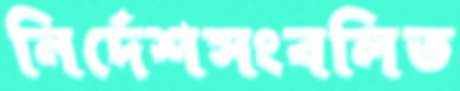
নির্দেশসংবলিত